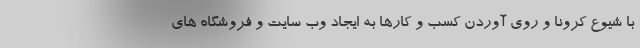
با شیوع کرونا و روی آوردن کسب و کارها به ایجاد وب سایت و فروشگاه های